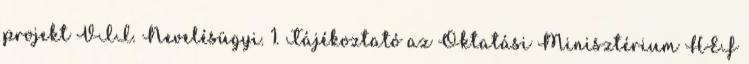
projekt VII. Nevelésügyi. 1. Tájékoztató az Oktatási Minisztérium HEF